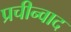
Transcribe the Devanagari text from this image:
प्रचीन्वाद